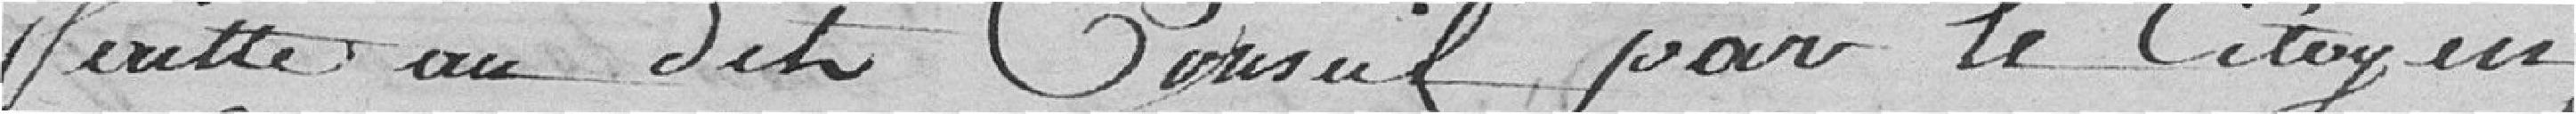
faite au dit Conseil par le citoyen